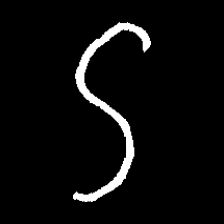
Pyu character \u2014 Myanmar letter: ဌ (romanized: ttha)